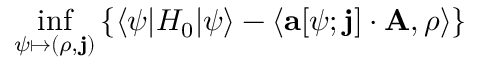
\operatorname* { i n f } _ { \psi \mapsto ( \rho , \mathbf { j } ) } \left\{ \langle \psi | H _ { 0 } | \psi \rangle - \langle \mathbf { a } [ \psi ; \mathbf { j } ] \cdot \mathbf { A } , \rho \rangle \right\}